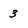
Character: 3